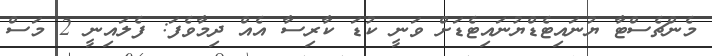
މެންޗެސްޓާ ޔުނައިޓެޑްޔުނައިޓެޑަށް ވަނީ ކުޑަ ކާރިސާ އެއް ދިމާވެފަ: ފެލައިނީ 2 މަސް